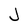
Character: J